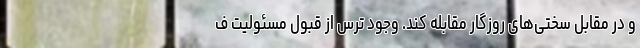
و در مقابل سختی‌های روزگار مقابله کند. وجود ترس از قبول مسئولیت ف